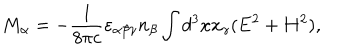
M _ { \alpha } = - { \frac { 1 } { 8 \pi c } } \varepsilon _ { \alpha \beta \gamma } n _ { \beta } \int { d ^ { 3 } x x _ { \gamma } ( { \bf E } ^ { 2 } + { \bf H } ^ { 2 } ) } ,